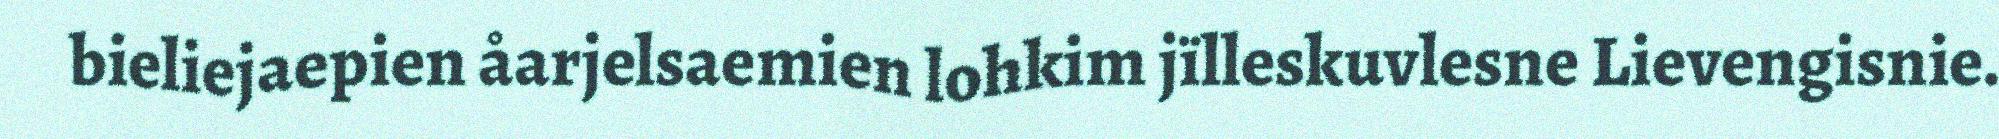
bieliejaepien åarjelsaemien lohkim jïlleskuvlesne Lievengisnie.